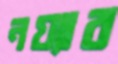
নয়্যার